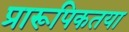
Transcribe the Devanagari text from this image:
प्रारूपिकतया